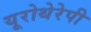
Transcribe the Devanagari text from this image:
यूरोथेरेपी